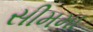
સીમમા